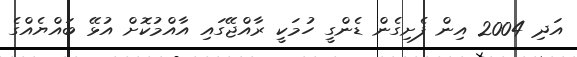
އަދި 2004 އިން ފެށިގެން ޑެންގީ ހުމަކީ ރާއްޖޭގައި އާއްމުކޮށް އުޅޭ ބައްޔެއްގެ